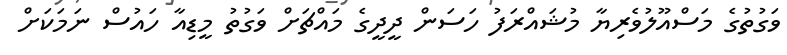
ވަގުތުގެ މަސްއޫލުވެރިޔާ މުޝައްރަފު ހަސަން ދީދީގެ މައްޗަށް ވަގުތު މީޑިއާ ހައުސް ނަމަކަށް